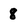
Character: 8